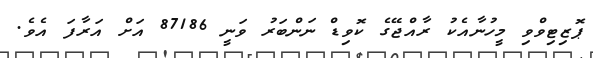
ޕޮޒިޓިވްވި މީހުނާއެކު ރާއްޖޭގެ ކޮވިޑް ނަންބަރު ވަނީ 87186 އަށް އަރާފަ އެވެ.